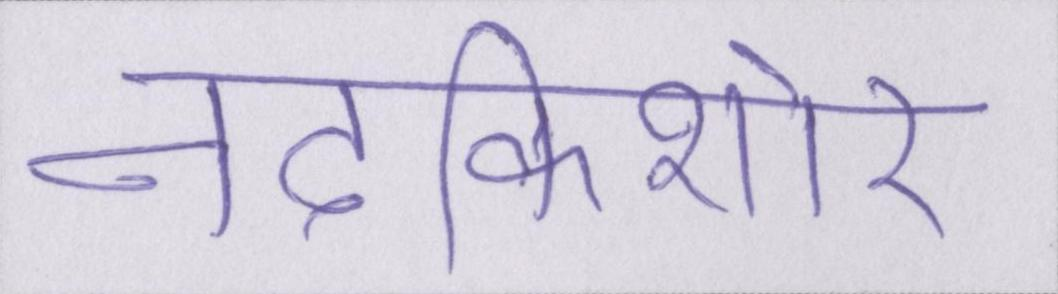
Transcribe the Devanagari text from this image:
नंदकिशोर